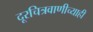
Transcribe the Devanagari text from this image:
दूरचित्रवाणीच्याही